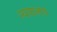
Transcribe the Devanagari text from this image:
न्ययालय